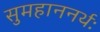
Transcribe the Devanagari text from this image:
सुमहाननर्थः